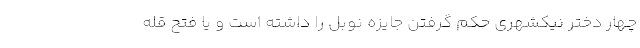
چهار دختر نیکشهری حکم گرفتن جایزه نوبل را داشته است و یا فتح قله